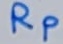
Text: RP